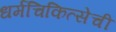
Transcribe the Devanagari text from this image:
धर्मचिकित्सेची